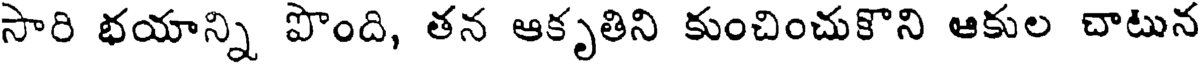
సారి భయాన్ని పొంది, తన ఆకృతిని కుంచించుకొని ఆకుల చాటున